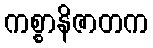
ကစ္စာနိဇာတက